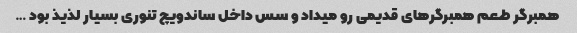
همبرگر طعم همبرگرهای قدیمی رو میداد و سس داخل ساندویچ تنوری بسیار لذیذ بود …